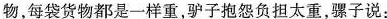
物，每袋货物都是一样重，驴子抱怨负担太重，骡子说：